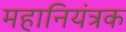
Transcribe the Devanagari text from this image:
महानियंत्रक